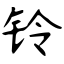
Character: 铃